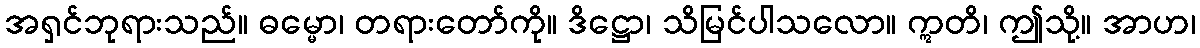
အရှင်ဘုရားသည်။ ဓမ္မော၊ တရားတော်ကို။ ဒိဋ္ဌော၊ သိမြင်ပါသလော။ ဣတိ၊ ဤသို့။ အာဟ၊